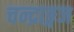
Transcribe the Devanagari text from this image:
चन्द्राङ्गज